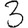
Digit: 3